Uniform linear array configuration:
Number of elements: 16
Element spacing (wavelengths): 0.5
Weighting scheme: hamming
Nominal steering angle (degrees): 0
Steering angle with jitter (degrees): -0.0654
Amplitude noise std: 0.05
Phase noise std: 0.05

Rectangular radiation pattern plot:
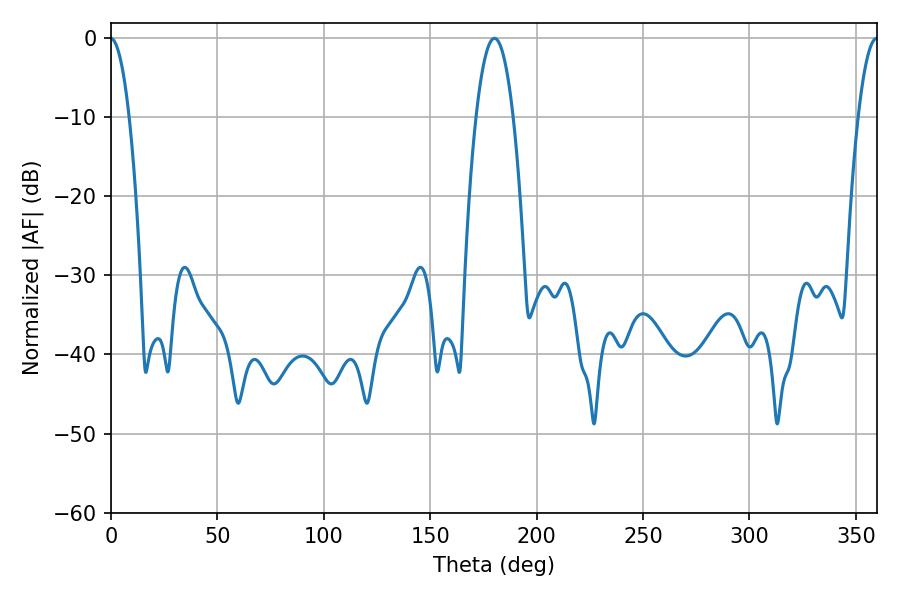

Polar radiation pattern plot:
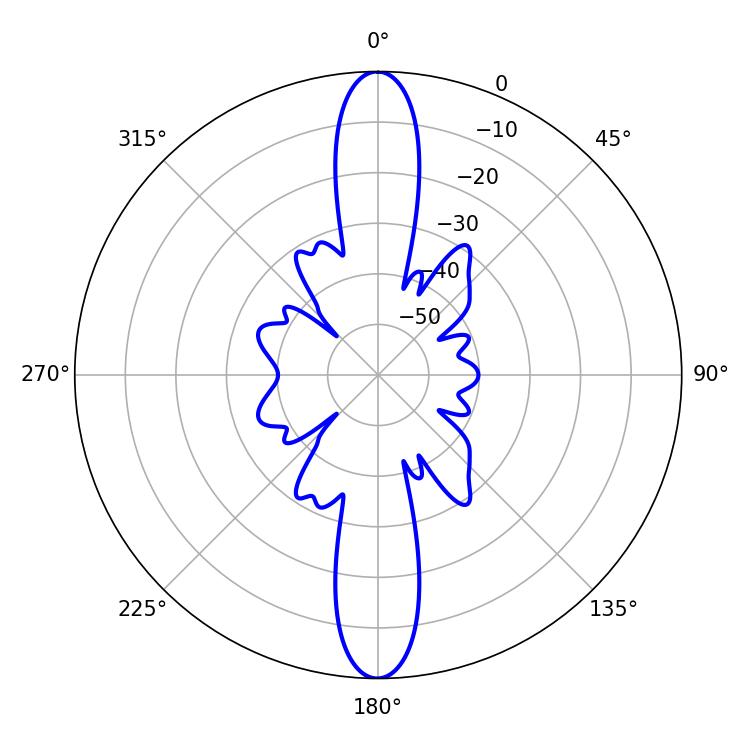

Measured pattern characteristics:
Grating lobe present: FALSE
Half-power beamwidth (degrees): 9.72
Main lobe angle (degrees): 180.18